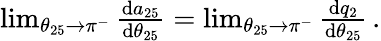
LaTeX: \begin{array}{r}{\operatorname*{lim}_{\theta_{25}\to\pi^{-}}\frac{\mathrm{d}a_{25}}{\mathrm{d}\theta_{25}}=\operatorname*{lim}_{\theta_{25}\to\pi^{-}}\frac{\mathrm{d}q_{2}}{\mathrm{d}\theta_{25}}\, .}\end{array}